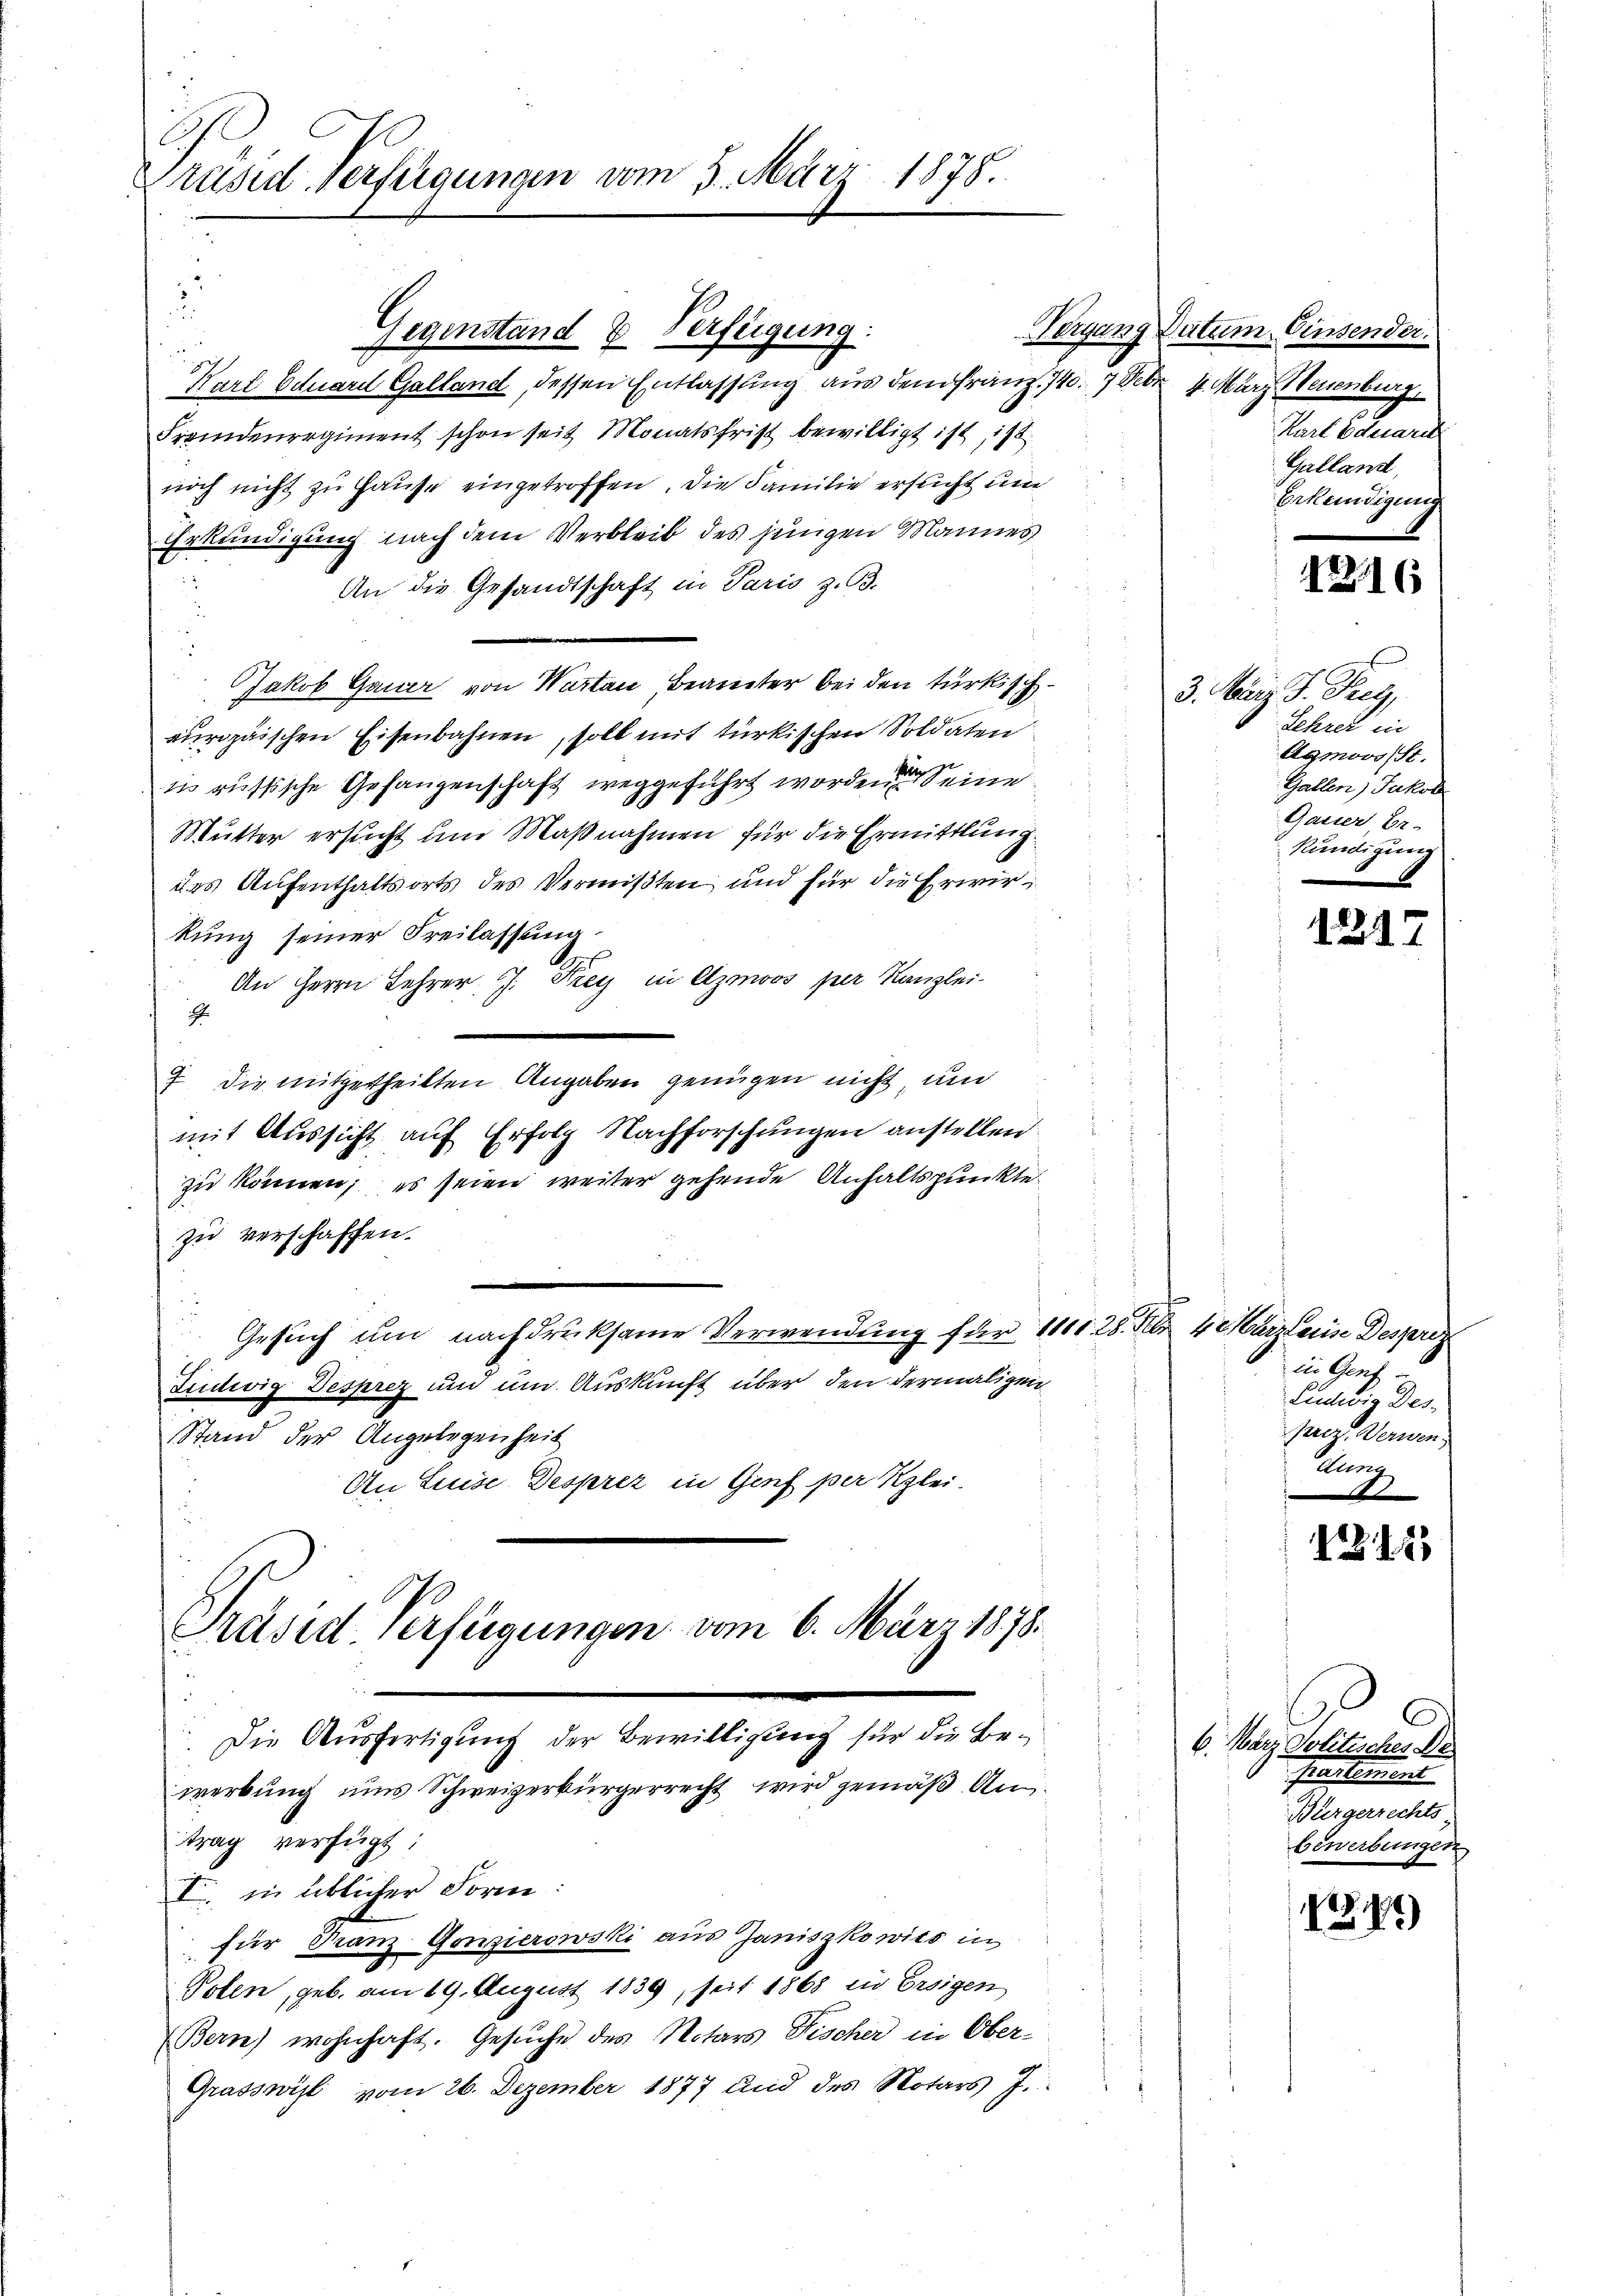
h
Präsid. Verfügungen vom 5. März 1878.

Präsid Verfügungen vom 6. März 1878.

Die Ausfertigung der Bewilligung für die Bewerbung uns Schweizerbürgerrecht wird gemäß An¬

Mal
Gegenstand & Verfügung:
Karl Eduard Galland, dessen Entlassung aus dem Franz. 140. 7 der
Fremdenregiment schon seit Monatsfrist bewilligt ist, is
noch nicht zu Hause eingetroffen. Die Familie ersucht und
Erkundigung nach dem Verbleib des jungen Mannes

An die Gesandtschaft in Paris z. B.
.
Jakob Gauer von Wartau, Beamter bei den türkischeuropäischen Eisenbahnen, soll mit türkischen Soldaten
in russische Gefangenschaft weggeführt worden Seine
Mutter ersucht um Maßnahmen für die Ermittlung.
des Aufenthaltsorts des Vermißten und für die Erwirkung seiner Freilassung.
An Herrn Lehrer J. Frey in Azmoos per Kanzlei-
1.
7 die mitgetheilten Angaben genügen nicht, und
mit Aussicht auf Erfolg Nachforschungen anstellen
zu können; es seien weiter gehende Anhaltspunkte
zu verschaffen.
Gesuch um nachdruksame Verwendung für 111128. Febr. 4. Märzleise Desproz
Fidwig Desprez und um Auskunft über den dermaligen
Stand der Angelegenheit
An Luise Desprez in Genf per Klei¬

trag verfügt:
I. in üblicher Forme:
für Franz Gonzierowski aus Janiszkowits in
Polen, geb. am 19. August 1839, seit 1868 zu Ersigen
Bern) wohnhaft. Gesŭche des Notars Fischer in Ober-
Grasswyl vom 26. Dezember 1877 und des Notars J.

Datum Einsender.
 4. März Neuenburg,
Karl Eduard
Galland,
Erkundigung

1216

3. März d. Frey,
Lehrer in
Agmoos St.
Gallen, Jakob
Gauer Er-
Kündigung

1217

in Genf
Ludwig Des-
pez. Verwen
A

1218

6. März Politisches De
Prassement
Bürgerrechts
bewerbungen

.
189